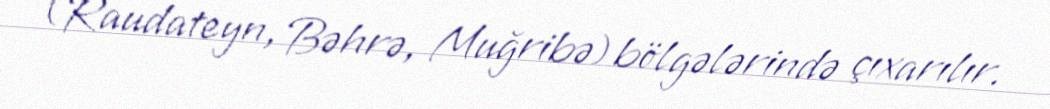
(Raudateyn, Bəhrə, Muğribə) bölgələrində çıxarılır.